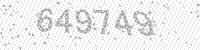
Solution: 649749